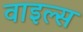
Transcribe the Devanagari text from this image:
वाइल्स